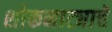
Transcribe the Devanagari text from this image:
शोकनाट्याचे